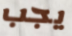
يجب